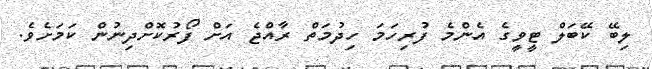
ލިބޭ ކޭބަލް ޓީވީގެ އެންމެ ފުރިހަމަ ހިދުމަތް ރާއްޖެ އަށް ފޯރުކޮށްދިނުން ކަމަށެވެ.